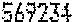
569234